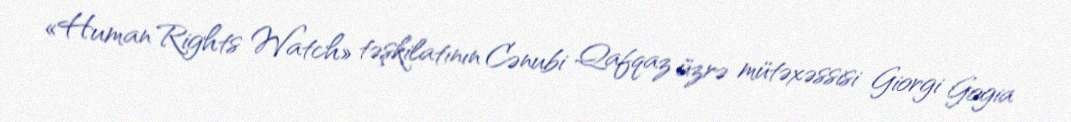
«Human Rights Watch» təşkilatının Cənubi Qafqaz üzrə mütəxəssisi Giorgi Gogia